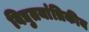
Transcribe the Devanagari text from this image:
विद्युतयांत्रिकीय